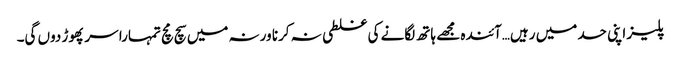
پلیز اپنی حد میں رہیں…آئندہ مجھے ہاتھ لگانے کی غلطی نہ کرنا ورنہ میں سچ مچ تمہارا سر پھوڑ دوں گی۔